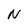
Character: N